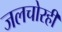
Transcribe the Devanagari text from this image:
जलचोरही